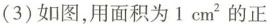
(3)如图，用面积为1cm^{2}的正